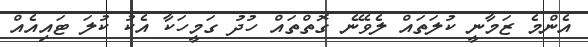
އެންމެ ޒަމާނީ ކުލަތައް ލެވޭނެ ގޮތްތައް ހުދު ގަމީހަކާ އެކު ކުލަ ޓައިއެއް